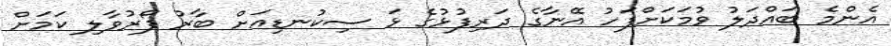
އެންމެ ބައްދަލު ވުމަކަށްފަހު އޭނާގެ ދަރިފުޅުގެ ޅަ ސިކުނޑިއަށް ބާރު ފޯރުވާލި ކަމަށް